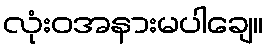
လုံးဝအနားမပါချေ။